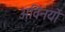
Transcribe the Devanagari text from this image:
अविनयों